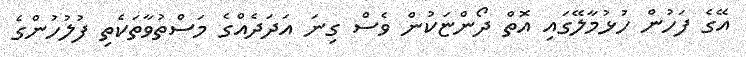
އޭގެ ފަހުން ހުޅުމާލޭގައި އޮތް ދޯންޏަކުން ވެސް ގިނަ އަދަދެއްގެ މަސްތުވާތަކެތި ފުލުހުންގެ